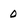
Character: 0